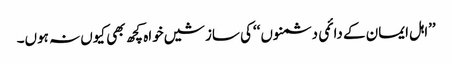
’’اہل ایمان کے دائمی دشمنوں ‘‘کی سازشیں خواہ کچھ بھی کیوں نہ ہوں۔